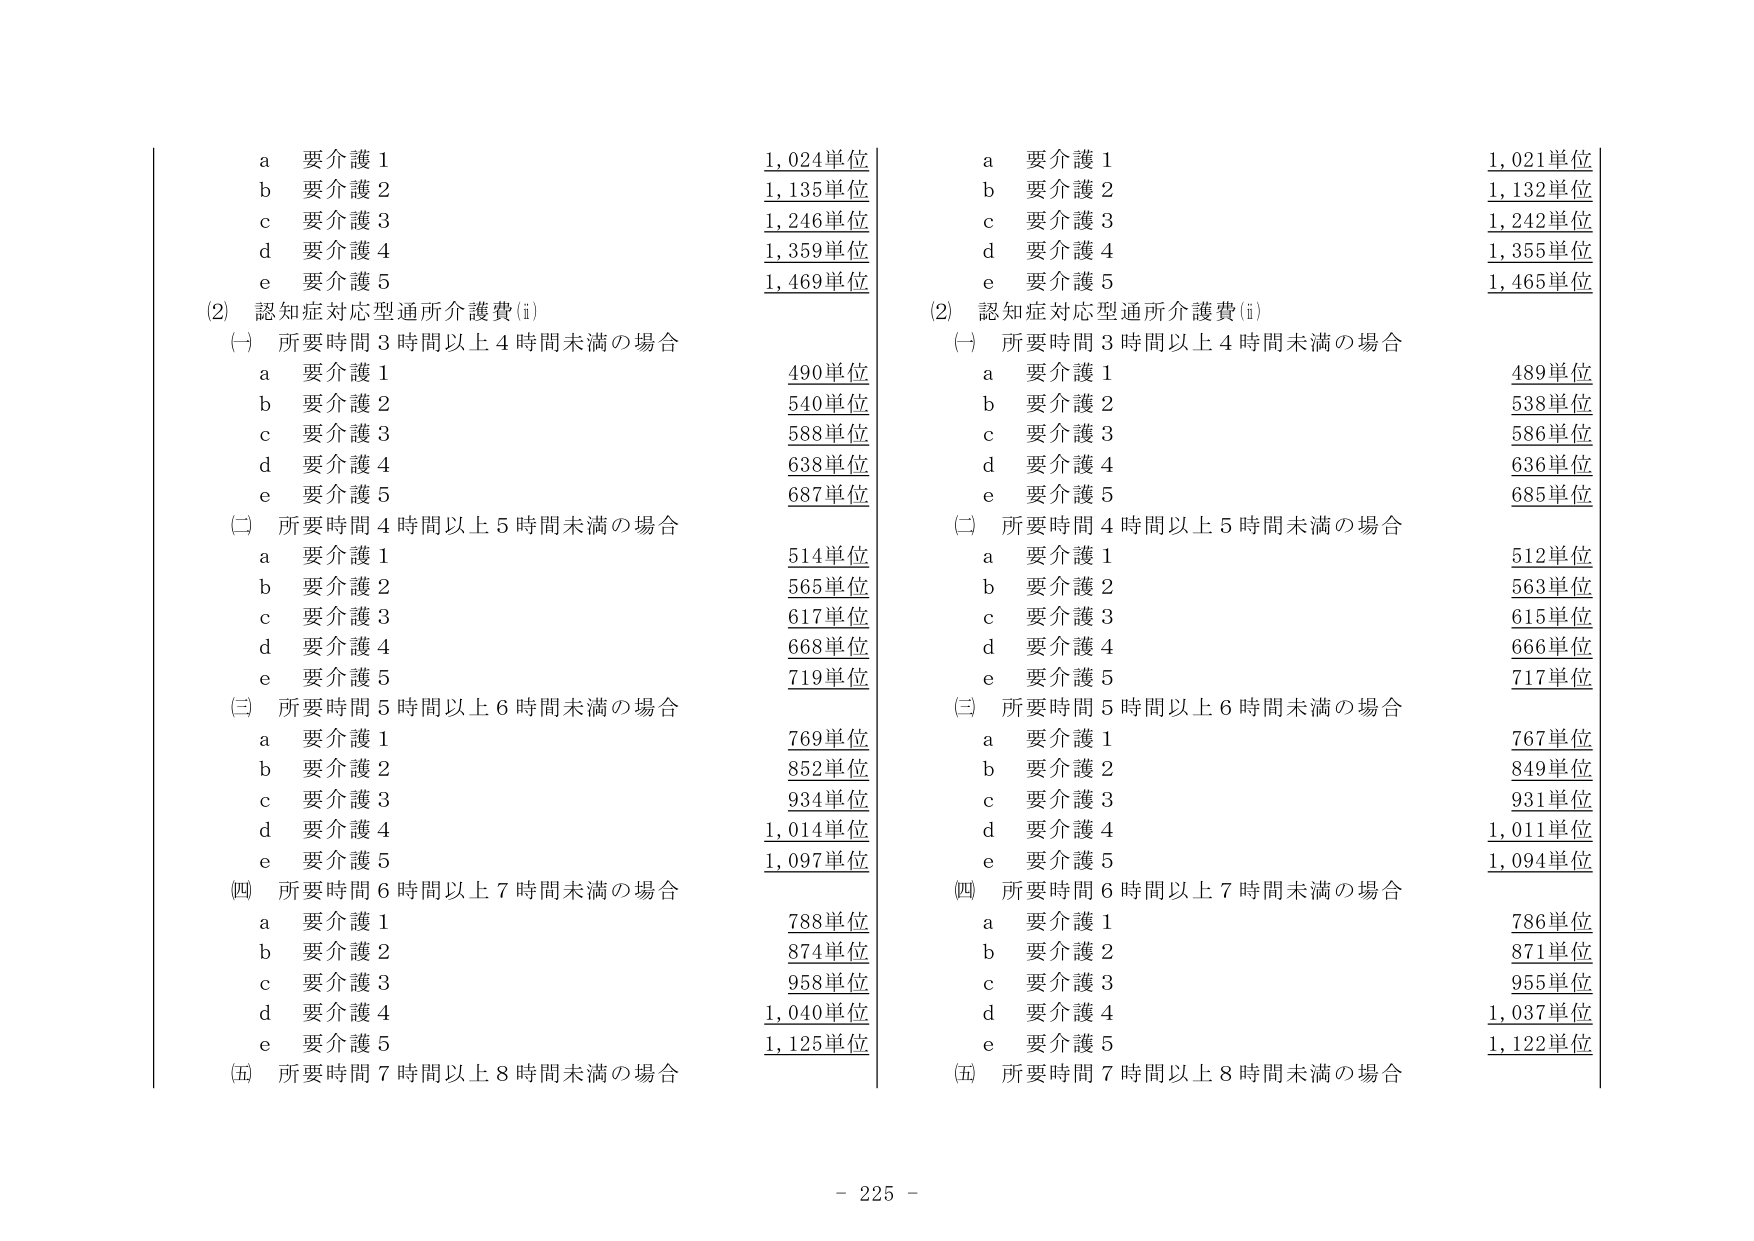
a 要介護 1 1,024単位
b 要介護 2 1,135単位
c 要介護 3 1,246単位
d 要介護 4 1,359単位
e 要介護 5 1,469単位

(2) 認知症対応型通所介護費(i)
(一) 所要時間 3 時間以上 4 時間未満の場合
a 要介護 1 490単位
b 要介護 2 540単位
c 要介護 3 588単位
d 要介護 4 638単位
e 要介護 5 687単位

(二) 所要時間 4 時間以上 5 時間未満の場合
a 要介護 1 514単位
b 要介護 2 565単位
c 要介護 3 617単位
d 要介護 4 668単位
e 要介護 5 719単位

(三) 所要時間 5 時間以上 6 時間未満の場合
a 要介護 1 769単位
b 要介護 2 852単位
c 要介護 3 934単位
d 要介護 4 1,014単位
e 要介護 5 1,097単位

(四) 所要時間 6 時間以上 7 時間未満の場合
a 要介護 1 788単位
b 要介護 2 874単位
c 要介護 3 958単位
d 要介護 4 1,040単位
e 要介護 5 1,125単位

(五) 所要時間 7 時間以上 8 時間未満の場合

a 要介護 1 1,021単位
b 要介護 2 1,132単位
c 要介護 3 1,242単位
d 要介護 4 1,355単位
e 要介護 5 1,465単位

(2) 認知症対応型通所介護費(i)
(一) 所要時間 3 時間以上 4 時間未満の場合
a 要介護 1 489単位
b 要介護 2 538単位
c 要介護 3 586単位
d 要介護 4 636単位
e 要介護 5 685単位

(二) 所要時間 4 時間以上 5 時間未満の場合
a 要介護 1 512単位
b 要介護 2 563単位
c 要介護 3 615単位
d 要介護 4 666単位
e 要介護 5 717単位

(三) 所要時間 5 時間以上 6 時間未満の場合
a 要介護 1 767単位
b 要介護 2 849単位
c 要介護 3 931単位
d 要介護 4 1,011単位
e 要介護 5 1,094単位

(四) 所要時間 6 時間以上 7 時間未満の場合
a 要介護 1 786単位
b 要介護 2 871単位
c 要介護 3 955単位
d 要介護 4 1,037単位
e 要介護 5 1,122単位

(五) 所要時間 7 時間以上 8 時間未満の場合

- 225 -